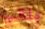
بلقب